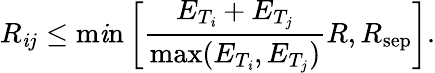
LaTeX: R_{\mathit{i}j}\leq\mathrm{{m\mathit{i}n}}\left[\frac{{E_{T_{\mathit{i}}}+E_{T_{j}}}}{{\mathrm{{max}}(E_{T_{\mathit{i}}},E_{T_{j}})}}R,R_{\mathrm{{sep}}}\right].